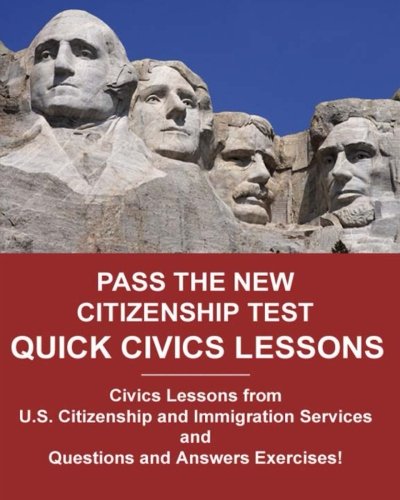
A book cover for Pass the New Citizenship Test Quick Civics Lessons; Angelo Tropea; Test Preparation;